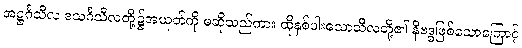
အဋ္ဌင်္ဂသီလ ဒသင်္ဂသီလတို့၌အယုတ်ကို မဆိုသည်ကား ထိုနှစ်ပါးသောသီလတို့၏ နိဗဒ္ဓဖြစ်သောကြောင့်